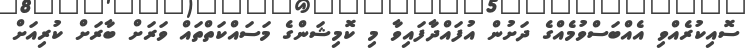
ސޮއިކުރެއްވި އެއްބަސްވުމެއްގެ ދަށުން އުފައްދާފައިވާ މި ކޮމިޝަންގެ މަސައްކަތްތައް ވަރަށް ބާރަށް ކުރިއަށް